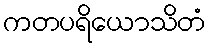
ကတပရိယောသိတံ